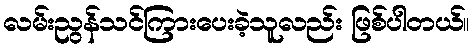
လမ်းညွန်သင်ကြားပေးခဲ့သူလည်း ဖြစ်ပါတယ်။